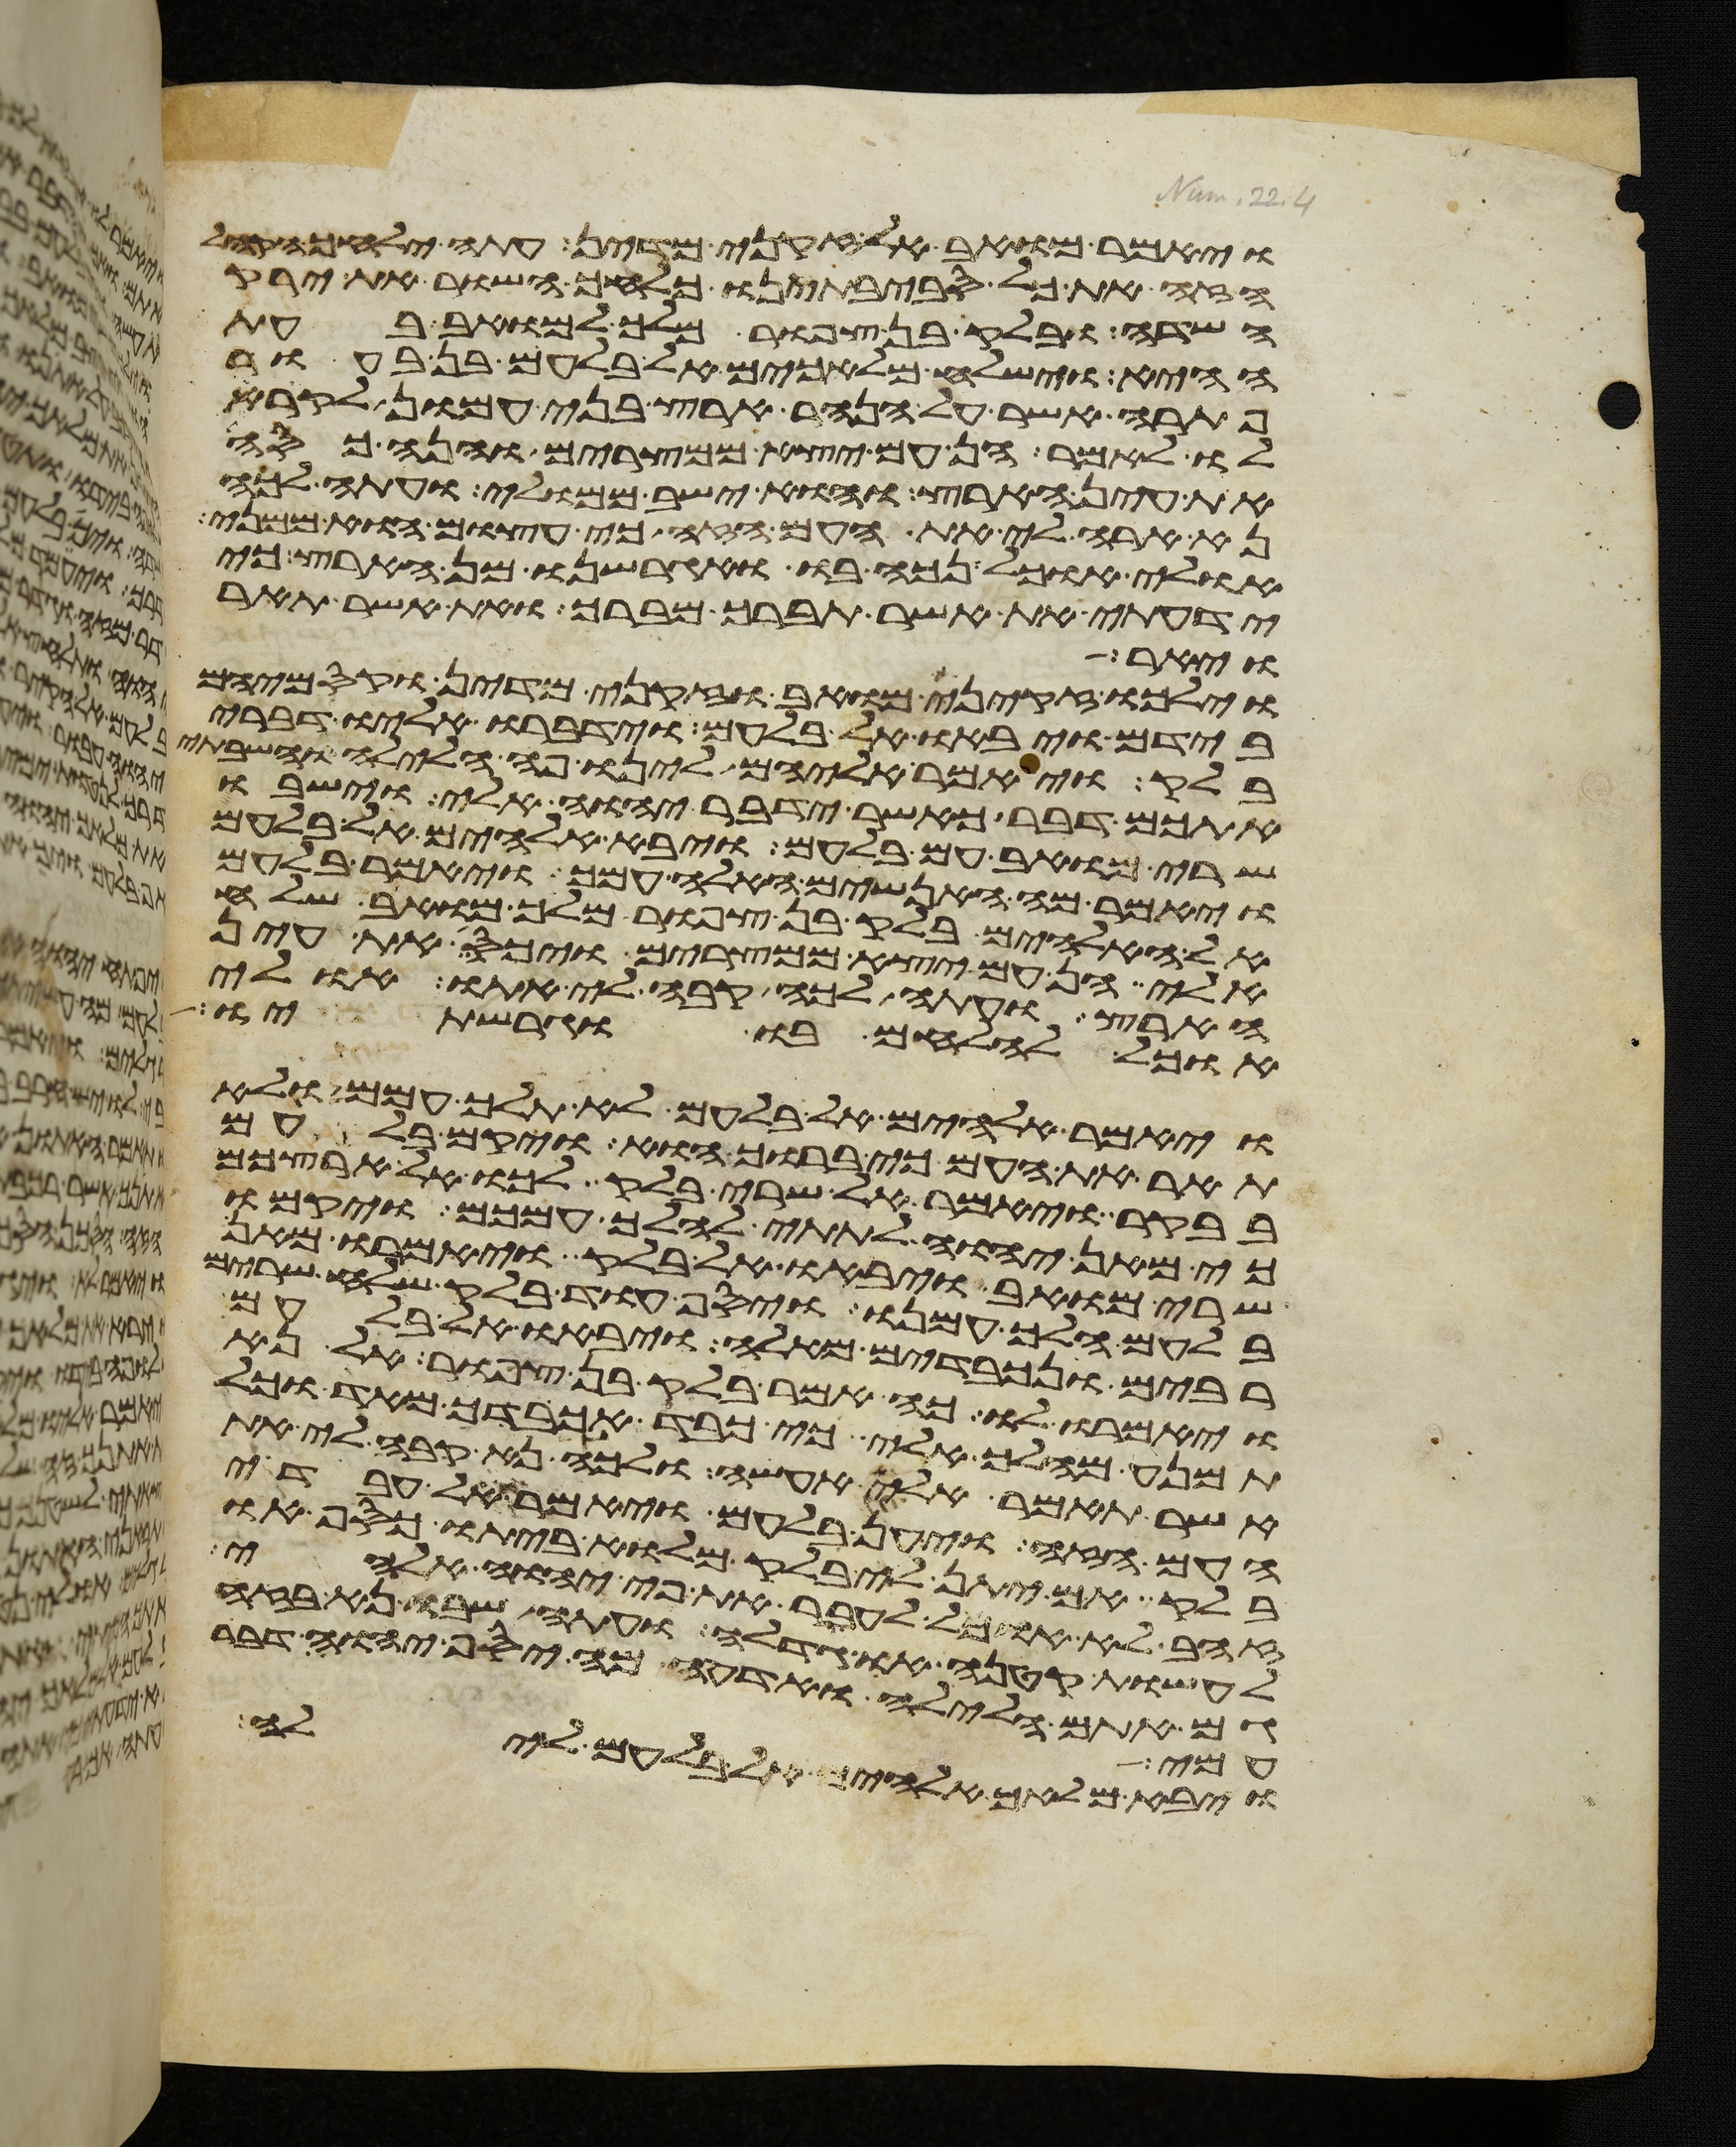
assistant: ויאמר מואב אל זקני מדין עתה ילחך הקהל
הזה את כל סביבתינו כלחך השור את ירק
השדה ובלק בן צפור מלך למואב בעת
ההיא וישלח מלאכים אל בלעם בן בעור
פתרה אשר על הנהר ארץ בני עמון לקרא
לו לאמר הן עם יצא ממצרים והנה כסה
את עין הארץ והוא ישב ממולי ועתה לכה
נא ארה לי את העם הזה כי עצום הוא ממני
אולי אוכל נכה בו ואגרשנו מן הארץ כי
ידעתי את אשר תברך מברך ואת אשר תאר
ויאר
וילכו זקני מואב וזקני מדין וקסמיהם
בידם ויבאו אל בלעם וידברו אליו דברי
בלק ויאמר אליהם לינו פה הלילה והשבתי
אתכם דבר כאשר ידבר יהוה אלי וישבו
שרי מואב עם בלעם ויבא אלהים אל בלעם
ויאמר מה האנשים האלה עמך ויאמר בלעם
אל האלהים בלק בן צפור מלך מואב שלח
אלי הן עם יצא ממצרים ויכס את עין
הארץ ועתה לכה קבה לי אתו אולי
אוכל להלחם בו וגרשתיו
ויאמר אלהים אל בלעם לא תלך עמהם ולא
תאר את העם כי ברוך הוא ויקם בלעם
בבקר ויאמר אל שרי בלק לכו אל ארצכם
כי מאן יהוה לתתי להלך עמכם ויקמו
שרי מואב ויבאו אל בלק ויאמרו מאן
בלעם הלך עמנו ויסף עוד בלק שלח שרים
רבים ונכבדים מאלה ויבאו אל בלעם
ויאמרו לו כה אמר בלק בן צפור אל נא
תמנע מהלך אלי כי כבד אכבדך מאד וכל
אשר תאמר אלי אעשה ולכה נא קבה לי את
העם הזה ויען בלעם ויאמר אל עבדי
בלק אם יתן לי בלק מלוא ביתו כסף או
זהב לא אוכל אעבר את פי יהוה אלהי
לעשות קטנה או גדלה ועתה שבו נא בזה
גם אתם הלילה ואדעה מה יסף יהוה דבר
עמי
ויבא מלאך אלהים אל בלעם לילה